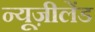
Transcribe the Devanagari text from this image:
न्यूज़ीलेंड